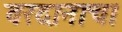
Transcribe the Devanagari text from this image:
वरदानाचा